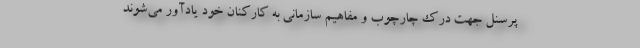
پرسنل جهت درک چارچوب و مفاهیم سازمانی به کارکنان خود یادآور می‌شوند